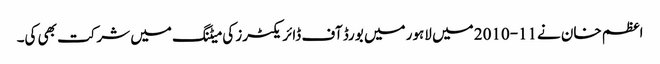
اعظم خان نے11-2010 میں لاہور میں بورڈ آف ڈائریکٹرز کی میٹنگ میں شرکت بھی کی۔